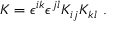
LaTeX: K = \epsilon ^ { i k } \epsilon ^ { j l } K _ { i j } K _ { k l } \ .